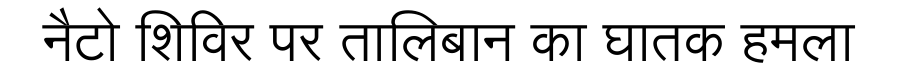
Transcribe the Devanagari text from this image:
नैटो शिविर पर तालिबान का घातक हमला